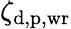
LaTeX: \zeta_{\mathrm{d,p,wr}}